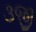
૩જી